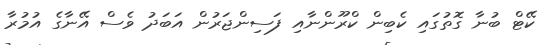
ކޭޓް ބުނާ ގޮތުގައި ކެބިން ކްރޫންނާއި ފަސިންޖަރުން އަބަދު ވެސް އޭނާގެ އުމުރާ